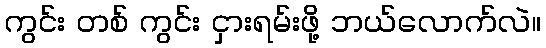
ကွင်း တစ် ကွင်း ငှားရမ်းဖို့ ဘယ်လောက်လဲ။